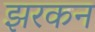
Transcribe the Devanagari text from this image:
झरकन